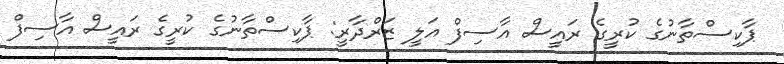
ޕާކިސްތާނުގެ ކުރީގެ ރައީސް އާސިފް އަލީ ޒަރްދާރީ: ޕާކިސްތާނުގެ ކުރީގެ ރައީސް އާސިފް